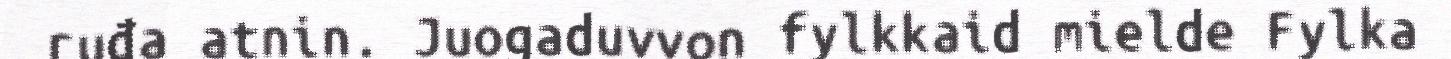
ruđa atnin. Juogaduvvon fylkkaid mielde Fylka